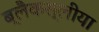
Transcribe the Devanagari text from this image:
ब्लैकस्लीया